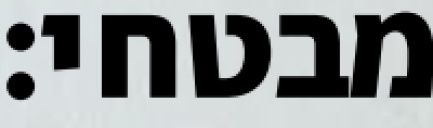
מבטחי: